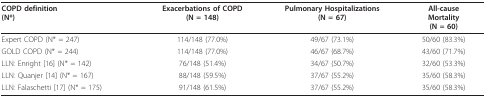
| COPD definition(N*) | Exacerbations of COPD(N = 148) | Pulmonary Hospitalizations(N = 67) | All-causeMortality(N = 60) |
 | --- | --- | --- | --- |
 | Expert COPD (N* = 247) | 114/148 (77.0%) | 49/67 (73.1%) | 50/60 (83.3%) |
 | GOLD COPD (N* = 244) | 114/148 (77.0%) | 46/67 (68.7%) | 43/60 (71.7%) |
 | LLN: Enright [16] (N* = 142) | 76/148 (51.4%) | 34/67 (50.7%) | 32/60 (53.3%) |
 | LLN: Quanjer [14] (N* = 167) | 88/148 (59.5%) | 37/67 (55.2%) | 35/60 (58.3%) |
 | LLN: Falaschetti [17] (N* = 175) | 91/148 (61.5%) | 37/67 (55.2%) | 35/60 (58.3%) |